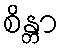
စိန္တာ